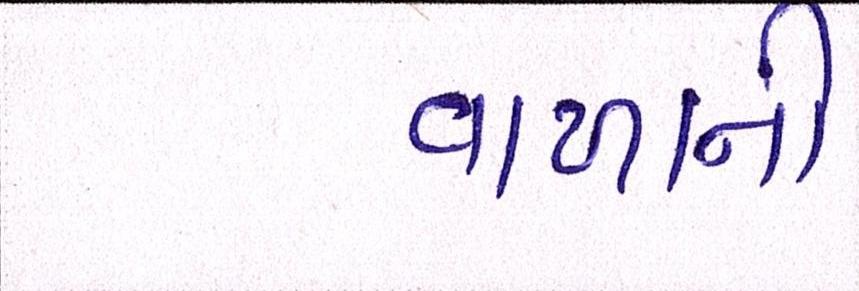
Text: વાળાની